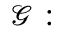
\mathcal { G } :